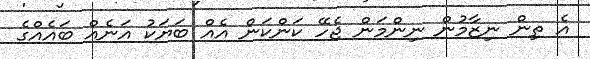
އެ ތިން ނިޒާމުން ނިންމަން ޖެހޭ ކަންކަން އެއް ބަޔަކު އަނެއް ބައެއްގެ